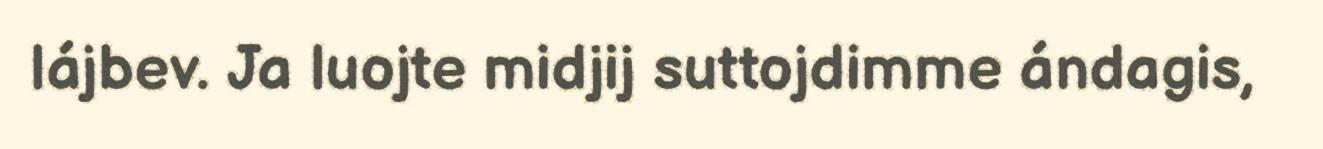
lájbev. Ja luojte midjij suttojdimme ándagis,